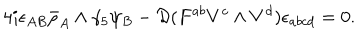
LaTeX: 4 i \epsilon _ { A B } \bar { \rho } _ { A } \wedge \gamma _ { 5 } \psi _ { B } - { \cal D } ( F ^ { a b } V ^ { c } \wedge V ^ { d } ) \epsilon _ { a b c d } = 0 .